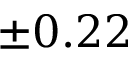
\pm 0 . 2 2